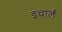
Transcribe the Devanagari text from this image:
इचार्लं